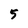
Character: 5